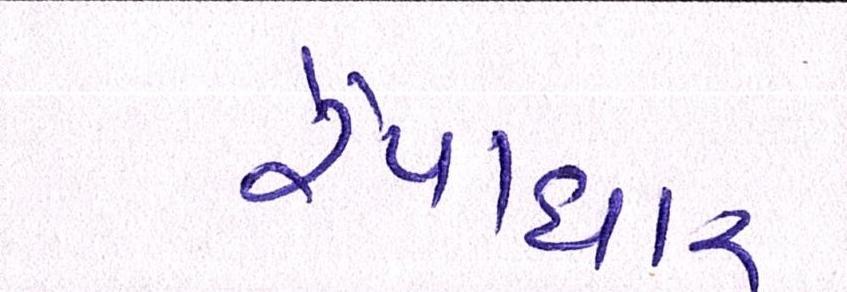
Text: રૈયાધાર